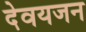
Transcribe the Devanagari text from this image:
देवयजन